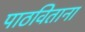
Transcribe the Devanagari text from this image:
पाठविताना